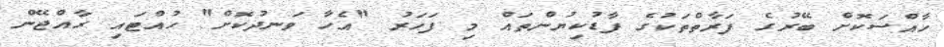
ހާއްސަކޮށް ބޭރުގެ ފަރާތްތަކުގެ ފާޑުކިޔުންތައް މި ފަހަރު "އެހާ ވަނދުކޮށް" ހުއްޓައި ރާއްޖޭން